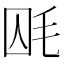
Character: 𣭃